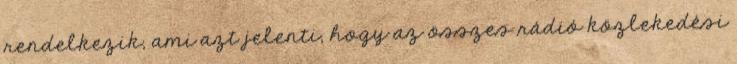
rendelkezik, ami azt jelenti, hogy az összes rádió közlekedési